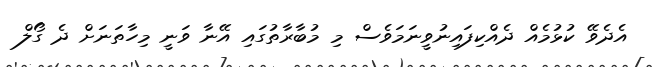
އެދެވޭ ކުޅުމެއް ދެއްކިފައިނުވީނަމަވެސް މި މުބާރާތުގައި އޭނާ ވަނީ މިހާތަނަށް ދެ ގޯލް